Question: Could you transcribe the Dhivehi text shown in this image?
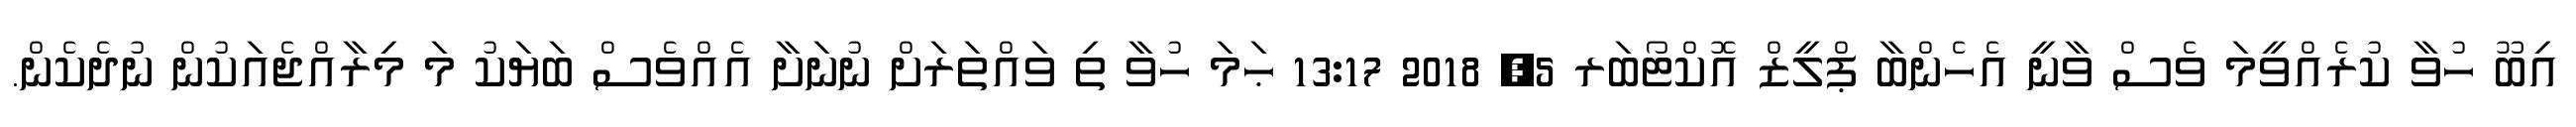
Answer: އިބޫ ހުވާ ކުރެއްވީމަ ވެސް ވާނީ އެހެންބާ ޕްލީޒް އޮކްޓޯބަރ 5, 2018 13:17 ޙަމަ ހުވާ ތި ވައްތަރަށް ނުނަށާ އެއްވެސް ބަޔަކު މަ މިރާއްޖެއަކުން ނުދެކެން.